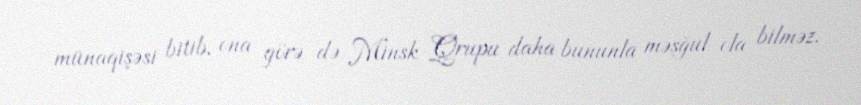
münaqişəsi bitib, ona görə də Minsk Qrupu daha bununla məşğul ola bilməz.